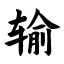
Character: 输